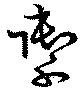
禦